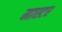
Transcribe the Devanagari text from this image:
मास्टर